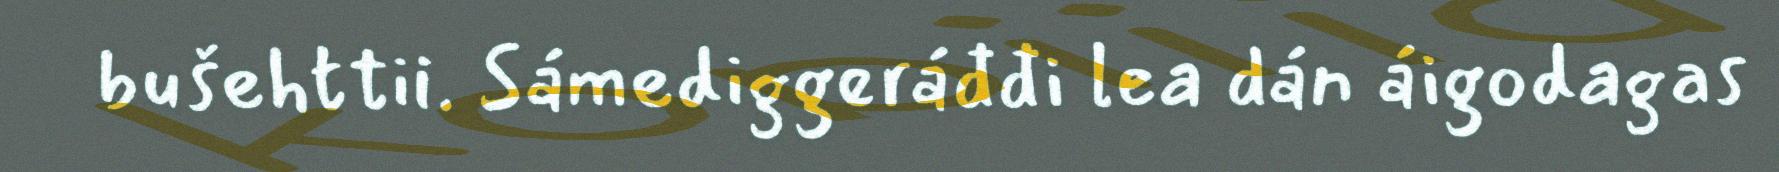
bušehttii. Sámediggeráđđi lea dán áigodagas